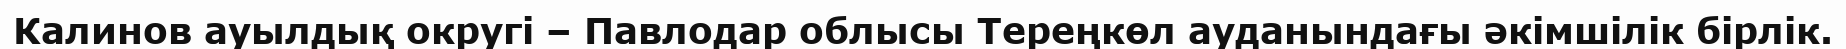
Калинов ауылдық округі – Павлодар облысы Тереңкөл ауданындағы әкімшілік бірлік.